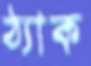
ঠ্যাক